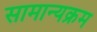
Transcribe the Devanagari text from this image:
सामान्यक्रम